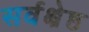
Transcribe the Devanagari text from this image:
सर्वक्ष्रेष्ठ